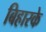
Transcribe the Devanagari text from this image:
बिहारके